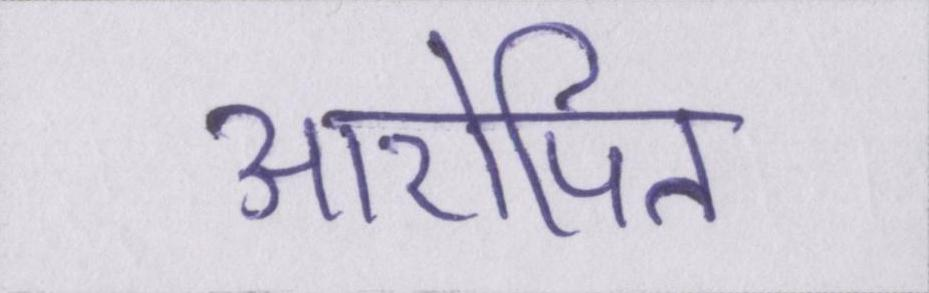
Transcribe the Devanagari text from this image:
आरोपित